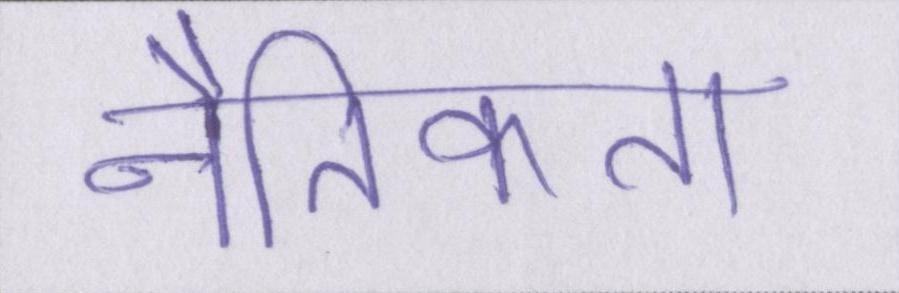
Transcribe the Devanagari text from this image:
नैतिकता